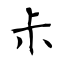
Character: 尗